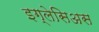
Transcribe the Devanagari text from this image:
इग्लेसिअस